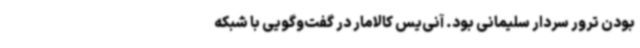
بودن ترور سردار سلیمانی بود. آنی‌یس کالامار در گفت‌وگویی با شبکه